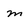
Character: m